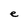
Character: e